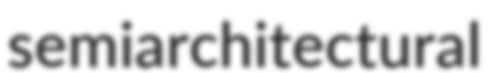
semiarchitectural